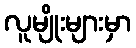
လူမျိုးများမှာ